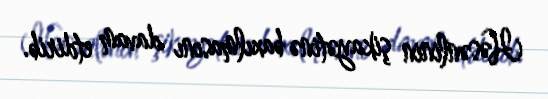
Həsənlinin şikayətinə baxılmasını davam etdirib.